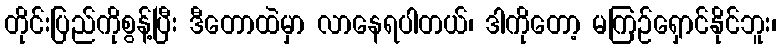
တိုင်းပြည်ကိုစွန့်ပြီး ဒီတောထဲမှာ လာနေရပါတယ်၊ ဒါကိုတော့ မကြဉ်ရှောင်နိုင်ဘူး၊